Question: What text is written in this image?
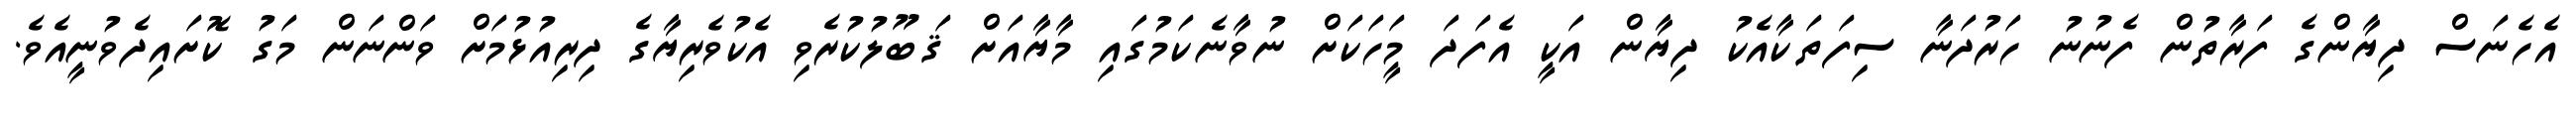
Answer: އެހެނަސް ދިޔާންގެ ފަރާތުން ފެނުނު ހަރުދަނާ ސިފަތަކާއެކު ދިޔާން އަކީ އެފަދަ މީަހަކަށް ނުވާނެކަމުގައި މާޔާއަށް ޤަބޫލުކުރެވި އެކުވެރިޔާގެ ދިރިއުޅުމަށް ވަންނަން މަގު ކޮށައިދެވުނީއެވެ.